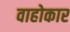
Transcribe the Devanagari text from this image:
वाहोकार